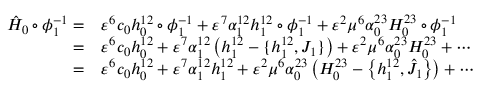
\begin{array} { r l } { \hat { H } _ { 0 } \circ \phi _ { 1 } ^ { - 1 } = } & { \varepsilon ^ { 6 } c _ { 0 } h _ { 0 } ^ { 1 2 } \circ \phi _ { 1 } ^ { - 1 } + \varepsilon ^ { 7 } \alpha _ { 1 } ^ { 1 2 } h _ { 1 } ^ { 1 2 } \circ \phi _ { 1 } ^ { - 1 } + \varepsilon ^ { 2 } \mu ^ { 6 } \alpha _ { 0 } ^ { 2 3 } H _ { 0 } ^ { 2 3 } \circ \phi _ { 1 } ^ { - 1 } } \\ { = } & { \varepsilon ^ { 6 } c _ { 0 } h _ { 0 } ^ { 1 2 } + \varepsilon ^ { 7 } \alpha _ { 1 } ^ { 1 2 } \left( h _ { 1 } ^ { 1 2 } - \{ h _ { 1 } ^ { 1 2 } , J _ { 1 } \} \right) + \varepsilon ^ { 2 } \mu ^ { 6 } \alpha _ { 0 } ^ { 2 3 } H _ { 0 } ^ { 2 3 } + \cdots } \\ { = } & { \varepsilon ^ { 6 } c _ { 0 } h _ { 0 } ^ { 1 2 } + \varepsilon ^ { 7 } \alpha _ { 1 } ^ { 1 2 } h _ { 1 } ^ { 1 2 } + \varepsilon ^ { 2 } \mu ^ { 6 } \alpha _ { 0 } ^ { 2 3 } \left( H _ { 0 } ^ { 2 3 } - \left\{ h _ { 1 } ^ { 1 2 } , \hat { J } _ { 1 } \right\} \right) + \cdots } \end{array}